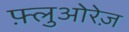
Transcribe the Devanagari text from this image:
फ़्लुओरेज़